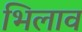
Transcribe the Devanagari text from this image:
भिलाव